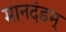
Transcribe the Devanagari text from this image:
मानदंडम्